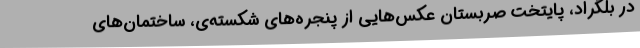
در بلگراد، پایتخت صربستان عکس‌هایی از پنجره‌های شکسته‌ی، ساختمان‌های